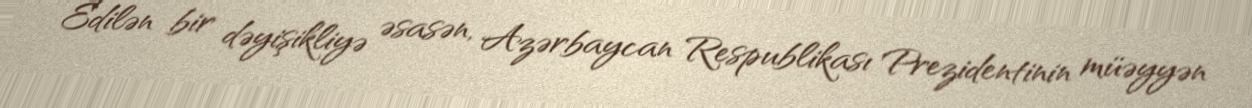
Edilən bir dəyişikliyə əsasən, Azərbaycan Respublikası Prezidentinin müəyyən